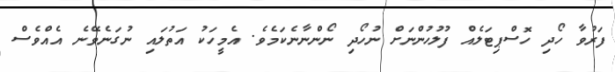
ފަރުވާ ހޯދި ހޮސްޕިޓަލެއް ފުލުހުންނަށް ނުހޯދި ނޯންނާނެކަމެވެ. އެމީހަކު އަތުލައި ނުގަނެވޭނެ އެއްވެސް